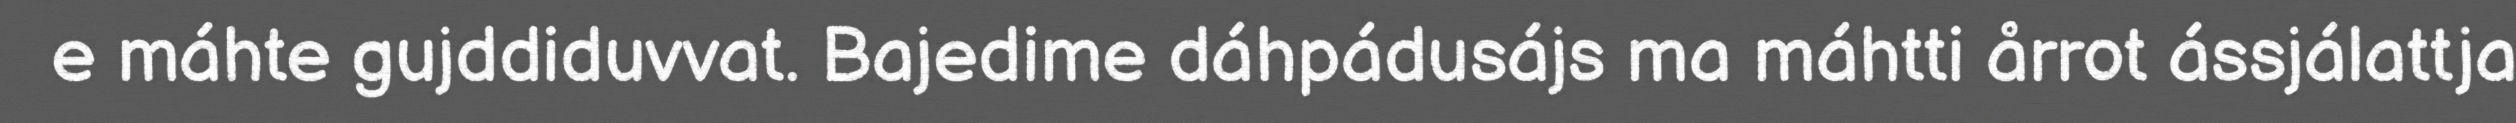
e máhte gujddiduvvat. Bajedime dáhpádusájs ma máhtti årrot ássjálattja